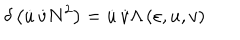
\delta \left( \dot { u } \, \dot { v } N ^ { 2 } \right) = \dot { u } \, \dot { v } \Lambda \left( \varepsilon , u , v \right)